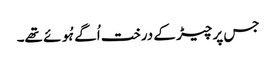
جس پر چیڑ کے درخت اُگے ہُوئے تھے۔